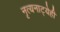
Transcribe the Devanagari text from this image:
नृत्यनाट्येही